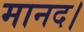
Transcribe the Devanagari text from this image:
मानद।